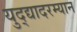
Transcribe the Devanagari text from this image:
युद्द्यादरम्यान